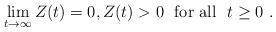
LaTeX: \begin{align*}\lim_{t \to \infty} Z(t)=0, Z(t) > 0 \mbox{~~for all~~} t \ge 0\ .\end{align*}